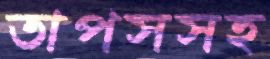
তাপসসহ